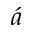
\acute { a }